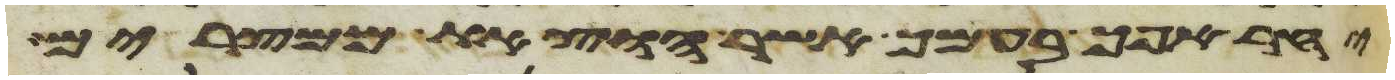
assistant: יחר אפך בעמך אשר הוצאת ממצרים